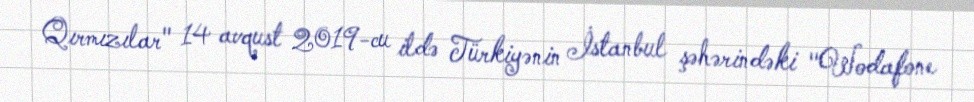
Qırmızılar" 14 avqust 2019-cu ildə Türkiyənin İstanbul şəhərindəki "Wodafone